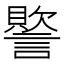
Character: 𮘳